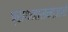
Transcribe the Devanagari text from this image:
प्राथनासमाजाचे